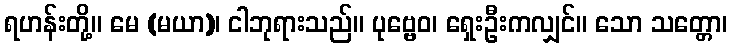
ရဟန်းတို့။ မေ (မယာ)၊ ငါဘုရားသည်။ ပုဗ္ဗေဝ၊ ရှေးဦးကလျှင်။ သော သတ္တော၊